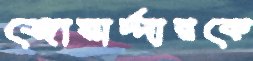
জোয়ার্দ্দারকে